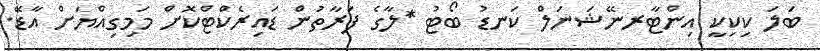
ބަލަ ކިކިކީ އިންޓާރނޭޝަނަލް ކަނޑު ބޯޓު *ލާގެ ފަރާތުން ޑައިރެކްޓްކޮށް މަމިގިއްޔަށް އާޑޭ.